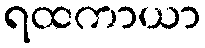
ရထကာယာ